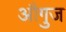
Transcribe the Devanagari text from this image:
औगुज